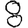
Digit: 8